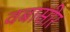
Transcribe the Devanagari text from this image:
वबासीर